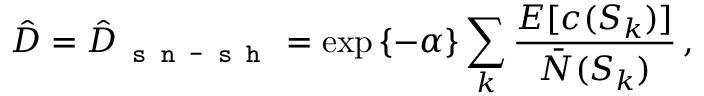
\hat { D } = \hat { D } _ { \texttt { s n - s h } } = \exp \left\{ - \alpha \right\} \sum _ { k } \frac { E [ c ( S _ { k } ) ] } { \bar { N } ( S _ { k } ) } \, ,